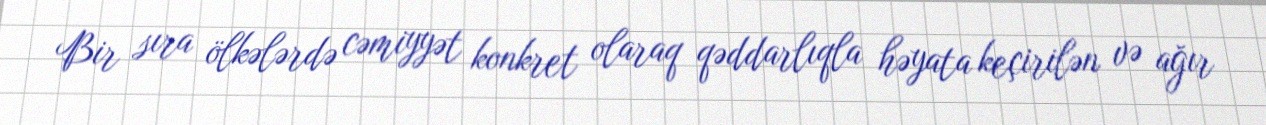
Bir sıra ölkələrdə cəmiyyət konkret olaraq qəddarlıqla həyata keçirilən və ağır